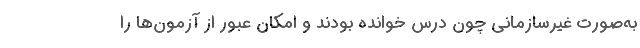
به‌صورت غیرسازمانی چون درس خوانده بودند و امکان عبور از آزمون‌ها را